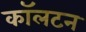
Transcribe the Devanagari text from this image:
काॅलटन